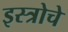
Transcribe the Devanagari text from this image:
इस्त्रोचे